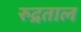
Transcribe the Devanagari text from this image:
रुद्रताल